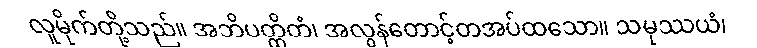
လူမိုက်တို့သည်။ အဘိပတ္ထိတံ၊ အလွန်တောင့်တအပ်ထသော။ သမုဿယံ၊